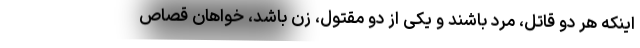
اینکه هر دو قاتل، مرد باشند و یکی از دو مقتول، زن باشد، خواهان قصاص